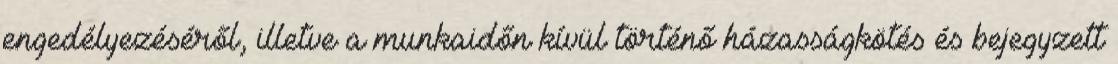
engedélyezéséről, illetve a munkaidőn kívül történő házasságkötés és bejegyzett